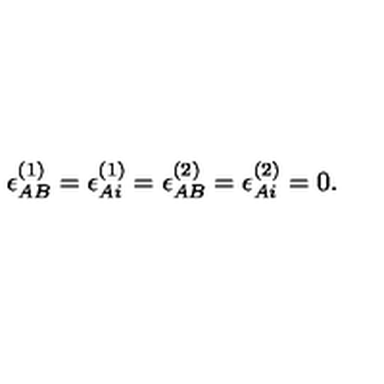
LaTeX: \epsilon _ { A B } ^ { ( 1 ) } = \epsilon _ { A i } ^ { ( 1 ) } = \epsilon _ { A B } ^ { ( 2 ) } = \epsilon _ { A i } ^ { ( 2 ) } = 0 .